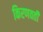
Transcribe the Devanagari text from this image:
किरणवती